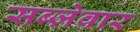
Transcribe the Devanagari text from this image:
सब्ज़ेवार